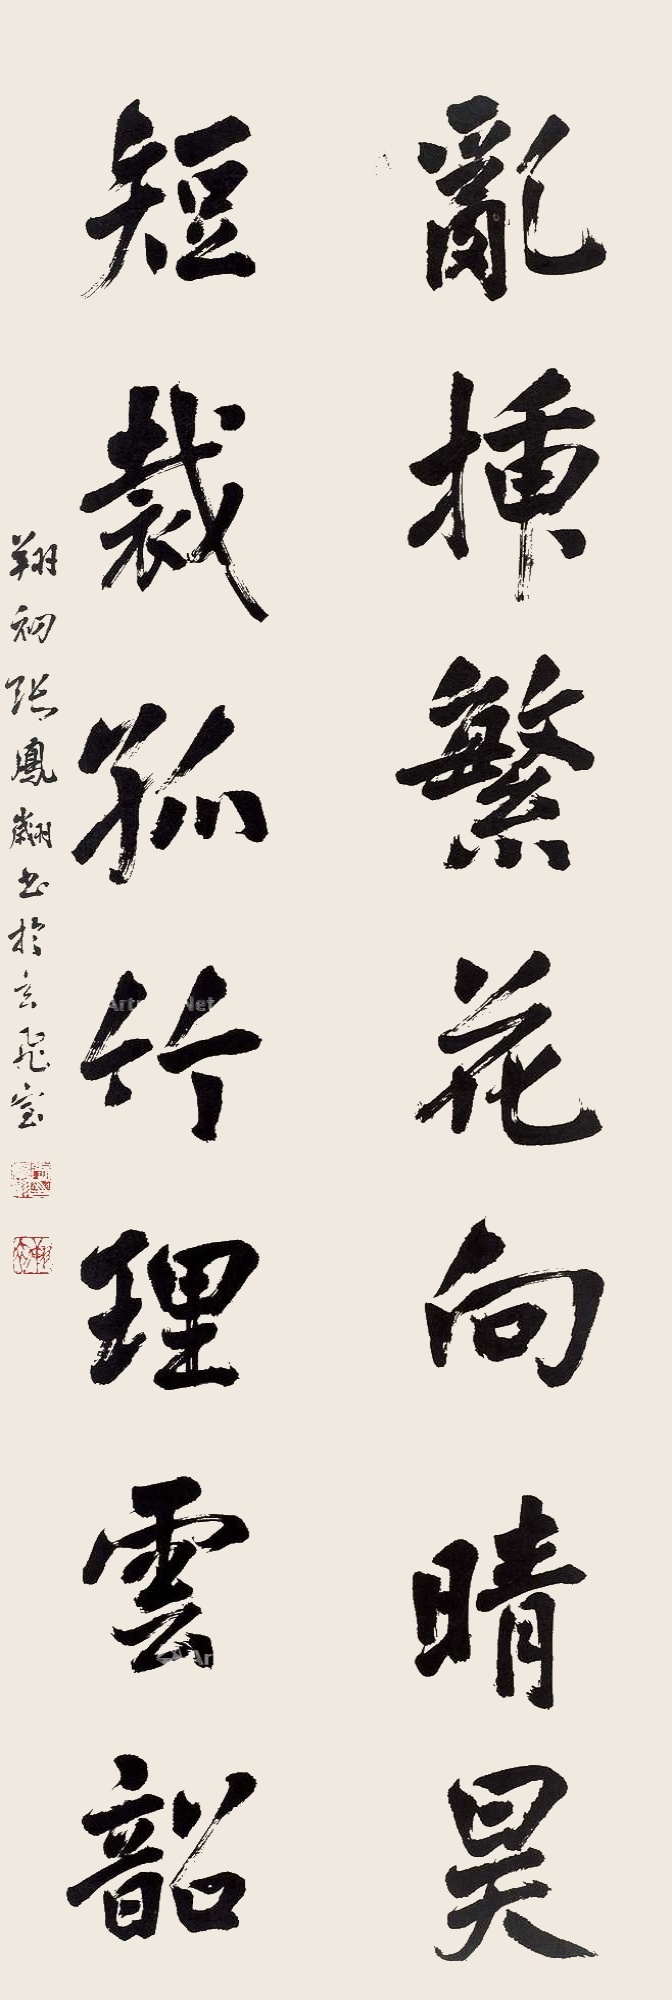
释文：乱插繁花向晴昊，短裁孤竹理云韶。翔初张凤翙书于玄飞室。